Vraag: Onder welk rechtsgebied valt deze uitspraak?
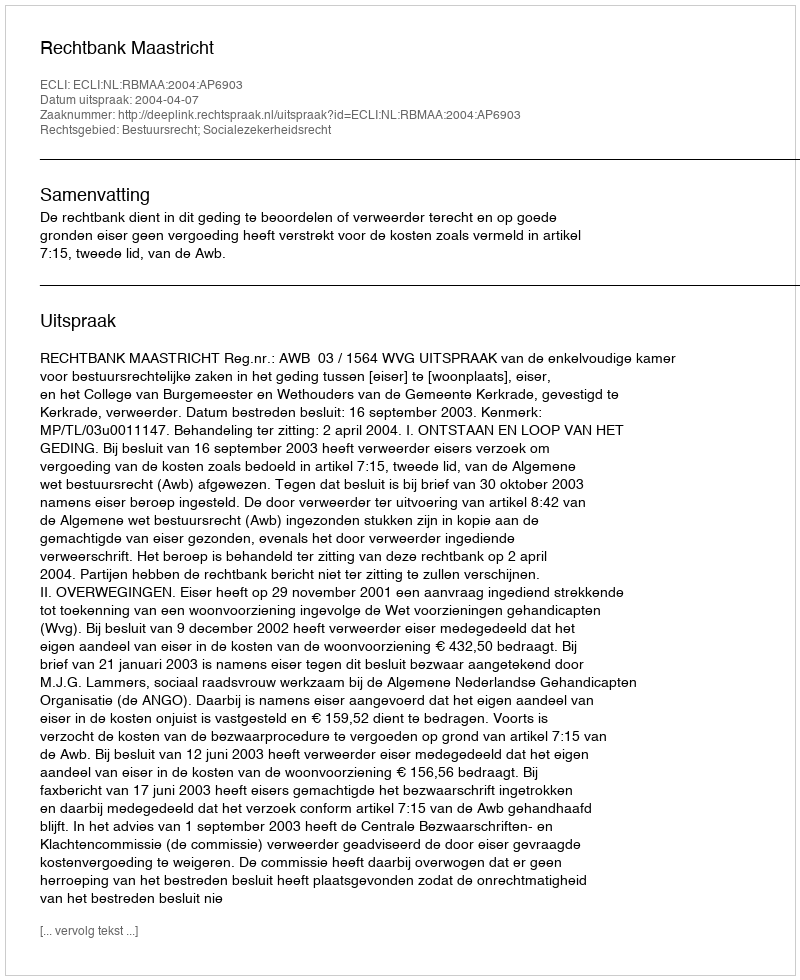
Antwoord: Bestuursrecht; Socialezekerheidsrecht